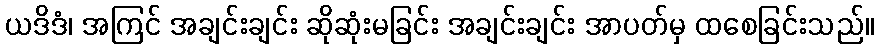
ယဒိဒံ၊ အကြင် အချင်းချင်း ဆိုဆုံးမခြင်း အချင်းချင်း အာပတ်မှ ထစေခြင်းသည်။